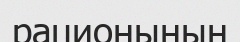
рационының